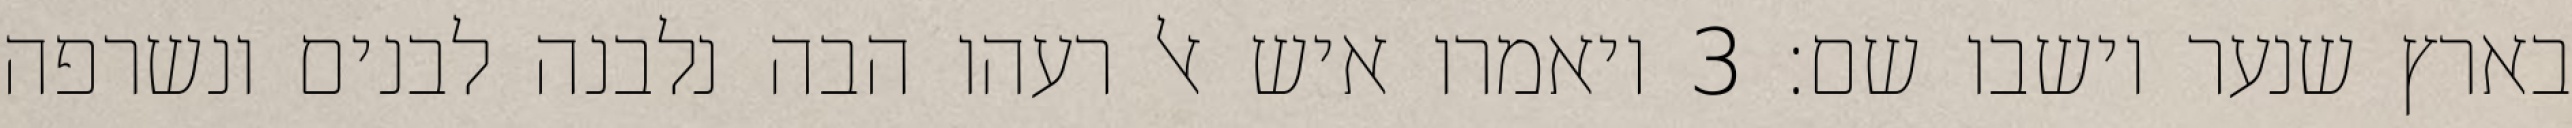
בארץ שנער וישבו שם׃ ‎3‏ ויאמרו איש אל רעהו הבה נלבנה לבנים ונשרפה